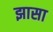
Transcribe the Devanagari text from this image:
झासा